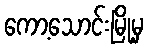
ကော့သောင်းမြို့မှ